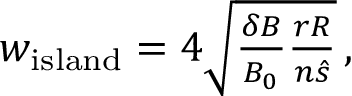
\begin{array} { r } { w _ { \mathrm { i s l a n d } } = 4 \sqrt { \frac { \delta B } { B _ { 0 } } \frac { r R } { n \hat { s } } } \, , } \end{array}